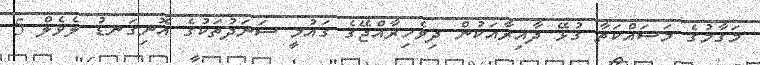
މަގާމުގެ މަސައްކަތާ ގުޅޭ ދާއިރާއަކުން ދިވެހިރާއްޖޭގެ ގައުމީ ސަނަދުތަކުގެ އޮނިގަނޑު ލެވެލް 5